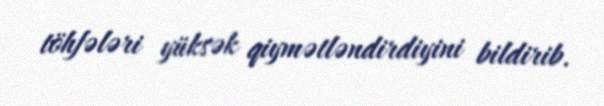
töhfələri yüksək qiymətləndirdiyini bildirib.